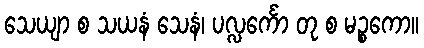
သေယျာ စ သယနံ သေနံ၊ ပလ္လင်္ကော တု စ မဉ္စကော။